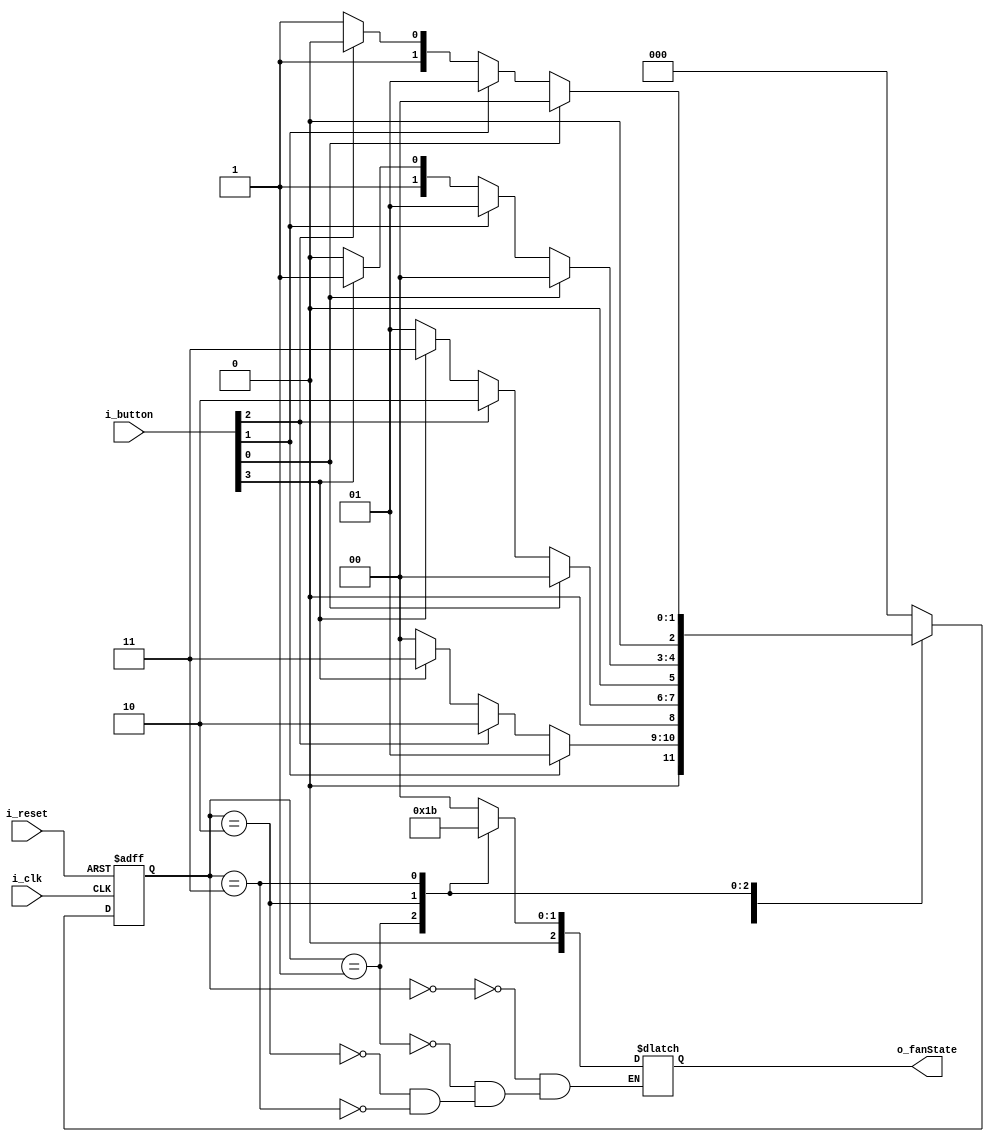
module FSM_FanMode(
    input i_clk,
    input i_reset,
    input [3:0] i_button,
    output [2:0] o_fanState
    ); 

    parameter   S_FAN_0 = 3'd0,
                S_FAN_1 = 3'd1,
                S_FAN_2 = 3'd2,
                S_FAN_3 = 3'd3;
    
    reg [2:0] r_curState = S_FAN_0;
    reg [2:0] r_nextState;
    reg [2:0] r_fanState;
    assign o_fanState = r_fanState;

    /*   */
    always @(posedge i_clk or posedge i_reset) begin
        if (i_reset)    r_curState <= S_FAN_0;
        else            r_curState <= r_nextState;
    end

    /*   */
    always @(i_button or r_curState) begin
        r_nextState <= S_FAN_0;
        case (r_curState)
            S_FAN_0 : begin
                if     (i_button[1])      r_nextState <= S_FAN_1;
                else if(i_button[2])      r_nextState <= S_FAN_2;
                else if(i_button[3])      r_nextState <= S_FAN_3;
                else                      r_nextState <= S_FAN_0;
            end
            S_FAN_1 : begin
                if     (i_button[0])      r_nextState <= S_FAN_0;
                else if(i_button[2])      r_nextState <= S_FAN_2;
                else if(i_button[3])      r_nextState <= S_FAN_3;
                else                      r_nextState <= S_FAN_1;
            end
            S_FAN_2 : begin
                if     (i_button[0])      r_nextState <= S_FAN_0;
                else if(i_button[1])      r_nextState <= S_FAN_1;
                else if(i_button[3])      r_nextState <= S_FAN_3;
                else                      r_nextState <= S_FAN_2;
            end
            S_FAN_3 : begin
                if     (i_button[0])      r_nextState <= S_FAN_0;
                else if(i_button[1])      r_nextState <= S_FAN_1;
                else if(i_button[2])      r_nextState <= S_FAN_2;
                else                      r_nextState <= S_FAN_3;
            end
        endcase
    end

    /*    */
    always @(r_curState) begin
        case (r_curState)
            S_FAN_0 : r_fanState <= 3'd0;
            S_FAN_1 : r_fanState <= 3'd1;
            S_FAN_2 : r_fanState <= 3'd2;
            S_FAN_3 : r_fanState <= 3'd3;
        endcase
    end

endmodule